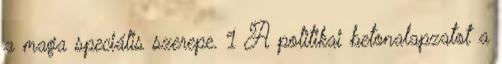
a maga speciális szerepe. 1 A politikai betonalapzatot a